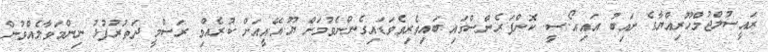
ރައީސުލްޖުމްހޫރިއްޔާގެ ނައިބު އައި.އޯ.ސީ. ކޮންފަރެންސްގައި ބައިވެރިވެވަޑައިގެންނެވުމަށް ޔޫ.އޭ.އީއަށް ކުރެއްވި ރަސްމީ ދަތުރުފުޅު ނިންމަވާލެއްވުން